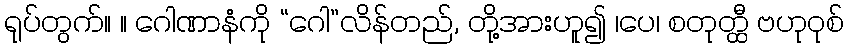
ရုပ်တွက်။ ။ ဂေါဏာနံကို “ဂေါ”လိန်တည်, တို့အားဟူ၍ ၊ပေ၊ စတုတ္ထီ ဗဟုဝုစ်